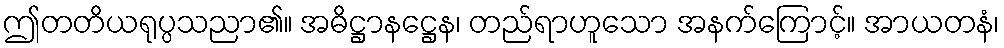
ဤတတိယရုပ္ပသညာ၏။ အဓိဋ္ဌာနဋ္ဌေန၊ တည်ရာဟူသော အနက်ကြောင့်။ အာယတနံ၊